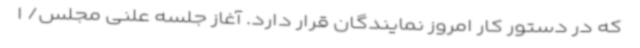
که در دستور کار امروز نمایندگان قرار دارد. آغاز جلسه علنی مجلس/ ا